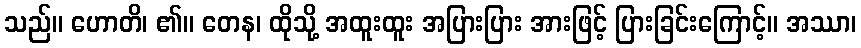
သည်။ ဟောတိ၊ ၏။ တေန၊ ထိုသို့ အထူးထူး အပြားပြား အားဖြင့် ပြားခြင်းကြောင့်။ အဿာ၊